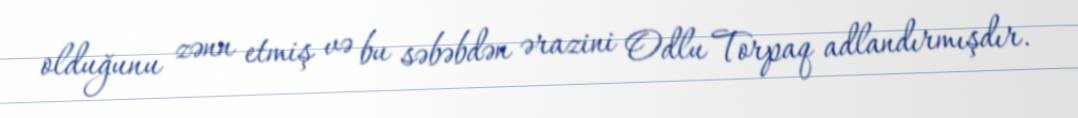
olduğunu zənn etmiş və bu səbəbdən ərazini Odlu Torpaq adlandırmışdır.